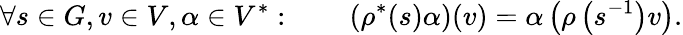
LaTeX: \forall s\in G,v\in V,\alpha\in V^{*}:\qquad\left(\rho^{*}(s)\alpha\right)(v)=\alpha\left(\rho\left(s^{-1}\right)v\right).